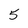
Character: 5